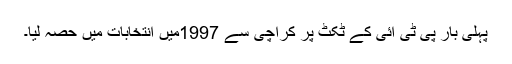
پہلی بار پی ٹی آئی کے ٹکٹ پر کراچی سے 1997میں انتخابات میں حصہ لیا۔